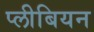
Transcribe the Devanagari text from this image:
प्लीबियन